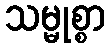
သမ္မုစ္စာ